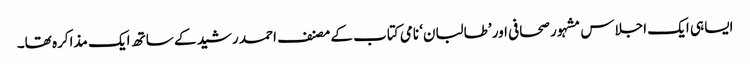
ایسا ہی ایک اجلاس مشہور صحافی اور ’طالبان‘ نامی کتاب کے مصنف احمد رشید کے ساتھ ایک مذاکرہ تھا۔